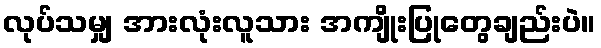
လုပ်သမျှ အားလုံးလူသား အကျိုးပြုတွေချည်းပဲ။